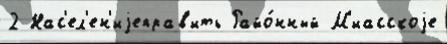
2 Нас'ел'ен'иjеправ'ить Райо́нный М'иасскоjе